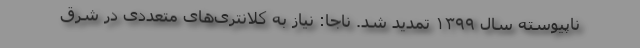
ناپیوسته سال ۱۳۹۹ تمدید شد. ناجا: نیاز به کلانتری‌های متعددی در شرق